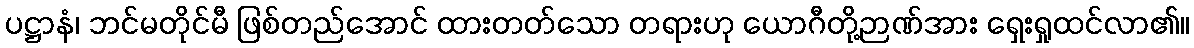
ပဋ္ဌာနံ၊ ဘင်မတိုင်မီ ဖြစ်တည်အောင် ထားတတ်သော တရားဟု ယောဂီတို့ဉာဏ်အား ရှေးရှုထင်လာ၏။